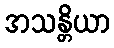
အသန္တိယာ